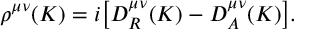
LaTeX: \rho ^ { \mu \nu } ( K ) = i \big [ D _ { R } ^ { \mu \nu } ( K ) - D _ { A } ^ { \mu \nu } ( K ) \big ] .